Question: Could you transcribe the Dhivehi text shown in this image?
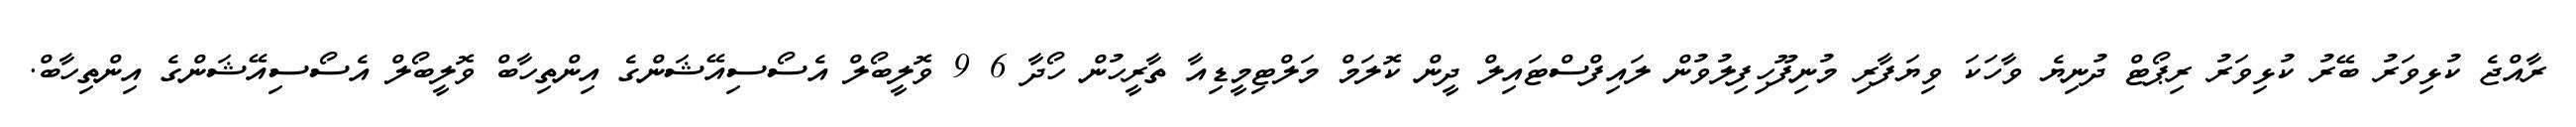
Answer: ރާއްޖެ ކުޅިވަރު ބޭރު ކުޅިވަރު ރިޕޯޓް ދުނިޔެ ވާހަކަ ވިޔަފާރި މުނިފޫހިފިލުވުން ލައިފްސްޓައިލް ދީން ކޮލަމް މަލްޓިމީޑިއާ ތާރީހުން ހޯދާ 6 9 ވޮލީބޯލް އެސޯސިއޭޝަންގެ އިންތިހާބް ވޮލީބޯލް އެސޯސިއޭޝަންގެ އިންތިހާބް.